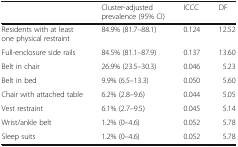
<table><thead><tr><td></td><td><b>Cluster-adjusted prevalence (95% CI)</b></td><td><b>ICCC</b></td><td><b>DF</b></td></tr></thead><tbody><tr><td>Residents with at least one physical restraint</td><td>84.9% (81.7–88.1)</td><td>0.124</td><td>12.52</td></tr><tr><td>Full-enclosure side rails</td><td>84.5% (81.1–87.9)</td><td>0.137</td><td>13.60</td></tr><tr><td>Belt in chair</td><td>26.9% (23.5–30.3)</td><td>0.046</td><td>5.23</td></tr><tr><td>Belt in bed</td><td>9.9% (6.5–13.3)</td><td>0.050</td><td>5.60</td></tr><tr><td>Chair with attached table</td><td>6.2% (2.8–9.6)</td><td>0.044</td><td>5.05</td></tr><tr><td>Vest restraint</td><td>6.1% (2.7–9.5)</td><td>0.045</td><td>5.14</td></tr><tr><td>Wrist/ankle belt</td><td>1.2% (0–4.6)</td><td>0.052</td><td>5.78</td></tr><tr><td>Sleep suits</td><td>1.2% (0–4.6)</td><td>0.052</td><td>5.78</td></tr></tbody></table>